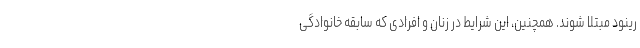
رینود مبتلا شوند. همچنین، این شرایط در زنان و افرادی که سابقه خانوادگی